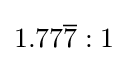
{\textstyle 1.77{\overline {7}}:1}